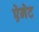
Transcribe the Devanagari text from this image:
ऐनेट